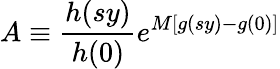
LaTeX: A\equiv{\frac{h(sy)}{h(0)}}e^{M\left[g(sy)-g(0)\right]}